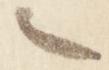
之